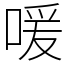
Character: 喛